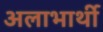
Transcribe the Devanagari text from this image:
अलाभार्थी